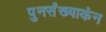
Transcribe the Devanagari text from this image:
पुनर्संख्याकंन